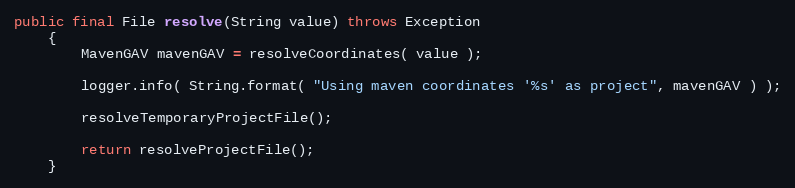
Language: Java
public final File resolve(String value) throws Exception
    {
        MavenGAV mavenGAV = resolveCoordinates( value );

        logger.info( String.format( "Using maven coordinates '%s' as project", mavenGAV ) );

		resolveTemporaryProjectFile();

        return resolveProjectFile();
    }